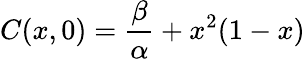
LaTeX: \displaystyle C(x,0)=\frac{\beta}{\alpha}+x^{2}(1-x)